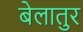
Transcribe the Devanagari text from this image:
बेलातुर